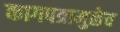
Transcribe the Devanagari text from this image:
कागपत्रामुळेच